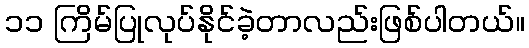
၁၁ ကြိမ်ပြုလုပ်နိုင်ခဲ့တာလည်းဖြစ်ပါတယ်။